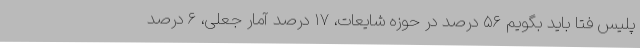
پلیس فتا باید بگویم ۵۶ درصد در حوزه شایعات، ۱۷ درصد آمار جعلی، ۶ درصد